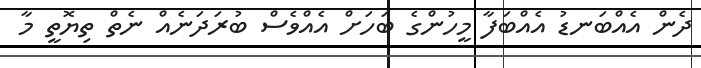
ދެން އެއްބަނޑު އެއްބަފާ މީހުންގެ ބަހަށް އެއްވެސް ބުރަދަނެއް ނެތް ތިޔޮތީ މާ